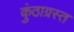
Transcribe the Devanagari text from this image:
कुंठाग्रस्त